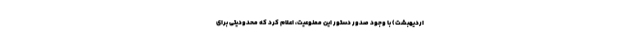
اردیهبشت) با وجود صدور دستور این ممنوعیت، اعلام کرد که محدودیتی برای